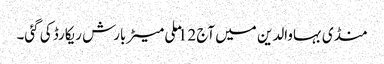
منڈی بہاوالدین میں آج 12 ملی میٹر بارش ریکارڈ کی گئی۔